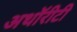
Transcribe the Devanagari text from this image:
अथॉरीटी